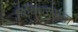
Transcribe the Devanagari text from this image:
विविधरूपता